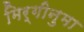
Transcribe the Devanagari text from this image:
मिर्गीनुमा